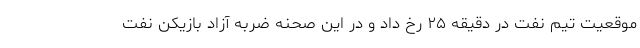
موقعیت تیم نفت در دقیقه ۲۵ رخ داد و در این صحنه ضربه آزاد بازیکن نفت